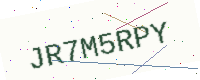
Text: JR7M5RPY